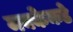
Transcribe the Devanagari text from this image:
मक्केकडे